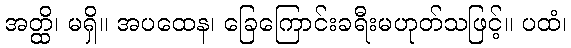
အတ္ထိ၊ မရှိ။ အပထေန၊ ခြေကြောင်းခရီးမဟုတ်သဖြင့်။ ပထံ၊